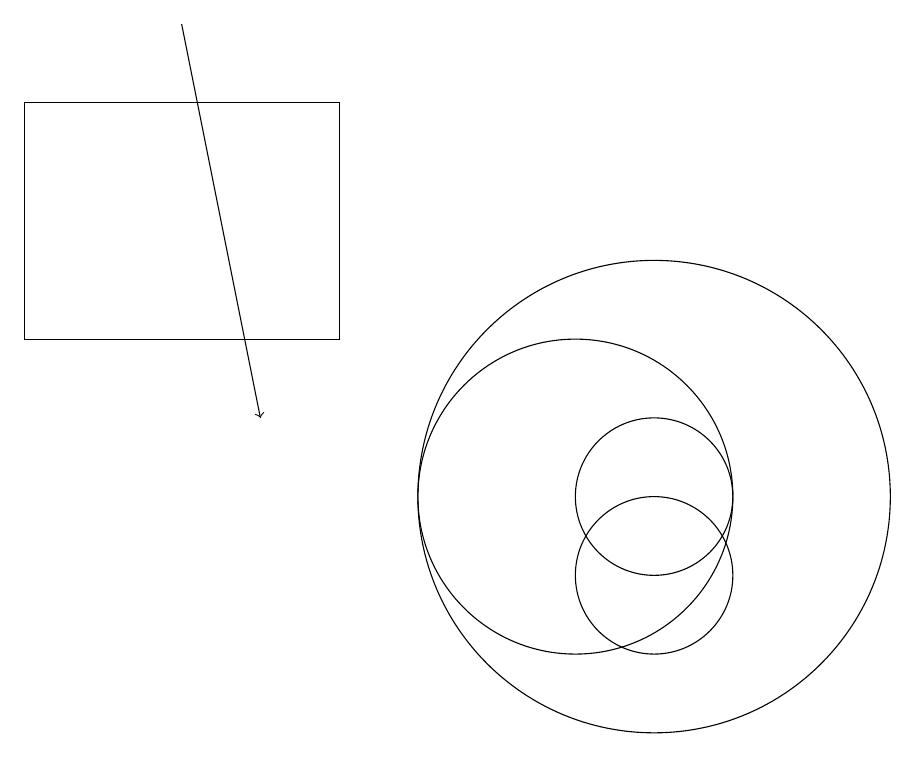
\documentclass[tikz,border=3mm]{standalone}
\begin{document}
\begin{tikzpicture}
\draw (7,17) rectangle (3,14);
\draw (10,12) circle (2);
\draw (11,12) circle (3);
\draw (11,11) circle (1);
\draw[->] (5,18) -- (6,13);
\draw (11,12) circle (1);
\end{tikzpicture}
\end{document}